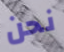
نحن